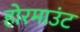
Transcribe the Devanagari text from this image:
होरमाउंट